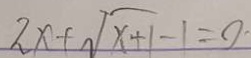
2 x + \sqrt { x + 1 } - 1 = 0